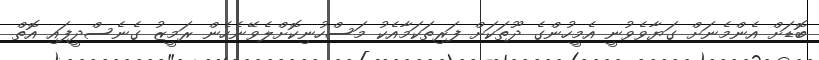
ބޮޑަށް އެންމެނަށް ގަޔާވެވުނީ އެމީހުންގެ ދޫތަކަށް ފަރިތަކަމާއެކު މަސްހުނިކޮށްލެވޭނެހެން ރަމީޒު ގެނެސްދީފައި އޮތް